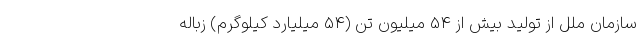
سازمان ملل از تولید بیش از 54 میلیون تن (54 میلیارد کیلوگرم) زباله